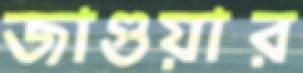
জাগুয়ার